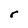
Character: r